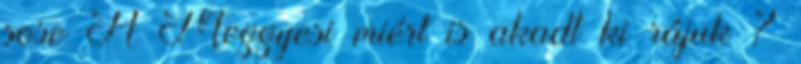
sose A Meggyesi miért is akadt ki rájuk ?